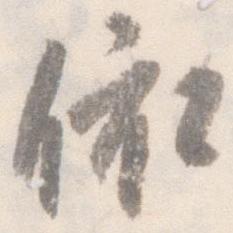
依